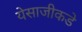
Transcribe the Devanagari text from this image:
येसाजीकडे